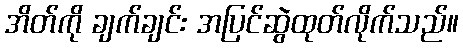
အိတ်ကို ချက်ချင်း အပြင်ဆွဲထုတ်လိုက်သည်။